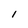
Character: 1